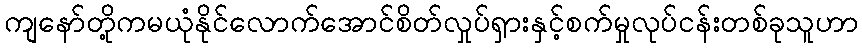
ကျနော်တို့ကမယုံနိုင်လောက်အောင်စိတ်လှုပ်ရှားနှင့်စက်မှုလုပ်ငန်းတစ်ခုသူဟာ